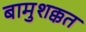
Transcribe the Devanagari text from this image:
बामुशक्कत